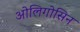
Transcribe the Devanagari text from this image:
ओलिगोसिन